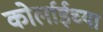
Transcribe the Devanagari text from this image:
कोर्लाईच्या